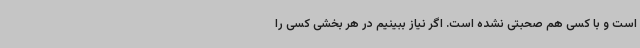
است و با کسی هم صحبتی نشده است. اگر نیاز ببینیم در هر بخشی کسی را